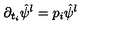
\partial _ { t _ { i } } \hat { \psi } ^ { l } = p _ { i } \hat { \psi } ^ { l }